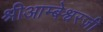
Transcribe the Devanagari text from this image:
श्रीआम्बेश्वरजी